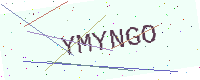
Text: YMYNGO